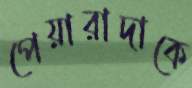
পেয়ারাদাকে